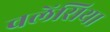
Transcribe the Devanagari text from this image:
वलेंसिया